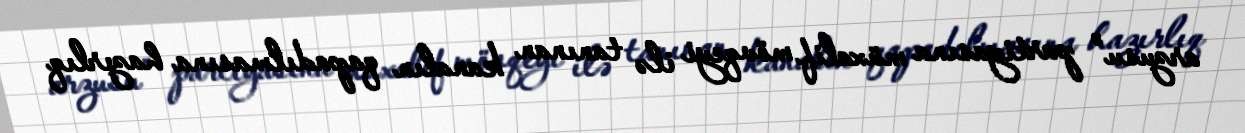
arzusu” partiyasına müxalif mövqeyi ilə tanınan kanalın qapadılmasına hazırlıq